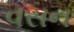
વસન